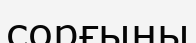
сорғыны